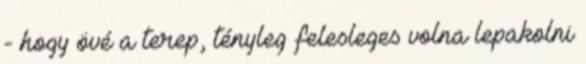
- hogy övé a terep, tényleg felesleges volna lepakolni